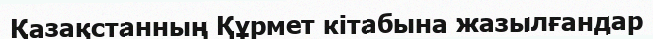
Қазақстанның Құрмет кітабына жазылғандар